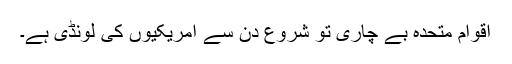
اقوام متحدہ بے چاری تو شروع دن سے امریکیوں کی لونڈی ہے۔